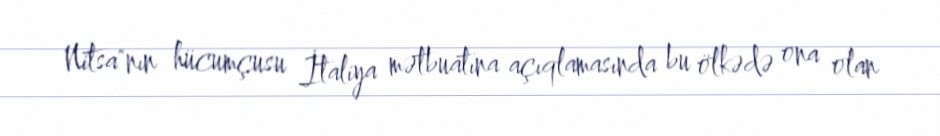
Nitsa"nın hücumçusu İtaliya mətbuatına açıqlamasında bu ölkədə ona olan